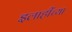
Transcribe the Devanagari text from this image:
इलाहींच्या